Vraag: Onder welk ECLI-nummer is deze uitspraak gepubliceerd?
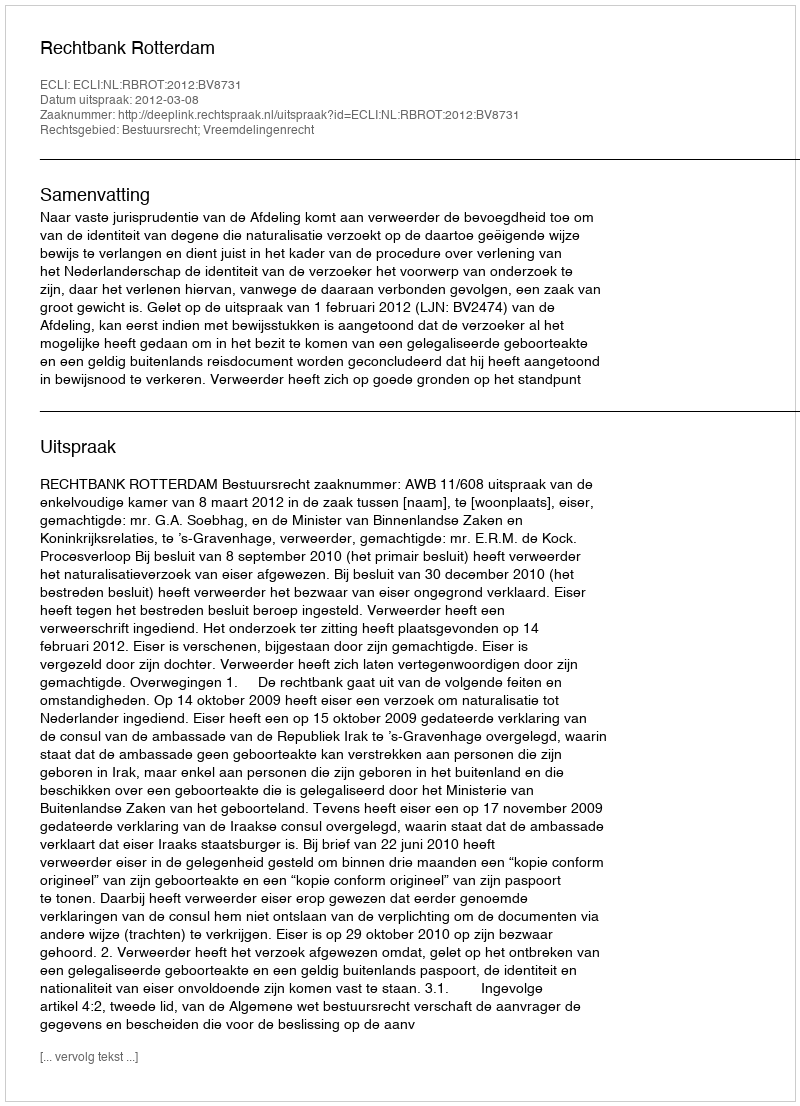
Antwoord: ECLI:NL:RBROT:2012:BV8731